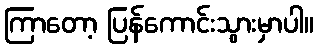
ကြာတော့ ပြန်ကောင်းသွားမှာပါ။